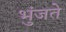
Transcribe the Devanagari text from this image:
भुंजते